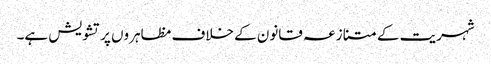
شہریت کے متنازعہ قانون کے خلاف مظاہروں پر تشویش ہے۔